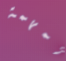
لمهمة